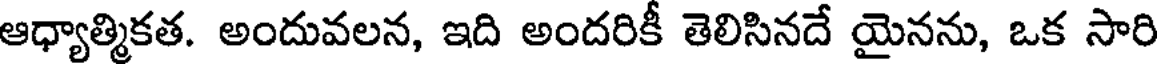
ఆధ్యాత్మికత. అందువలన, ఇది అందరికీ తెలిసినదే యైనను, ఒక సారి